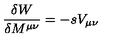
{ \frac { \delta W } { \delta M ^ { \mu \nu } } } = - s V _ { \mu \nu }